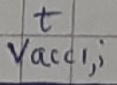
Text: t Vacc1,i